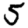
Digit: 5